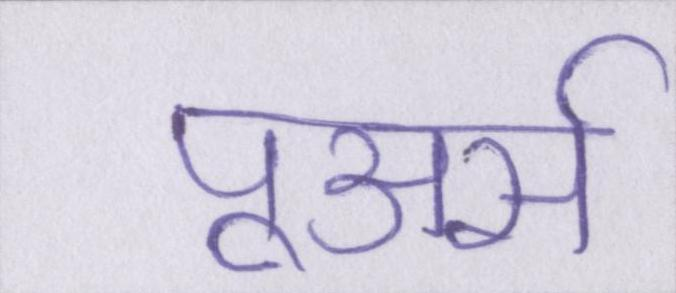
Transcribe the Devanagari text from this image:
पूअर्स